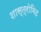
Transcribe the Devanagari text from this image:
शास्त्रोमिद